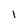
Character: l